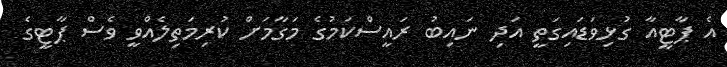
އެ ޕާޓީއާ ގުޅިވަޑައިގަތީ އަދި ނައިބު ރައީސްކަމުގެ މަގާމަށް ކުރިމަތިލެއްވީ ވެސް ޕާޓީގެ